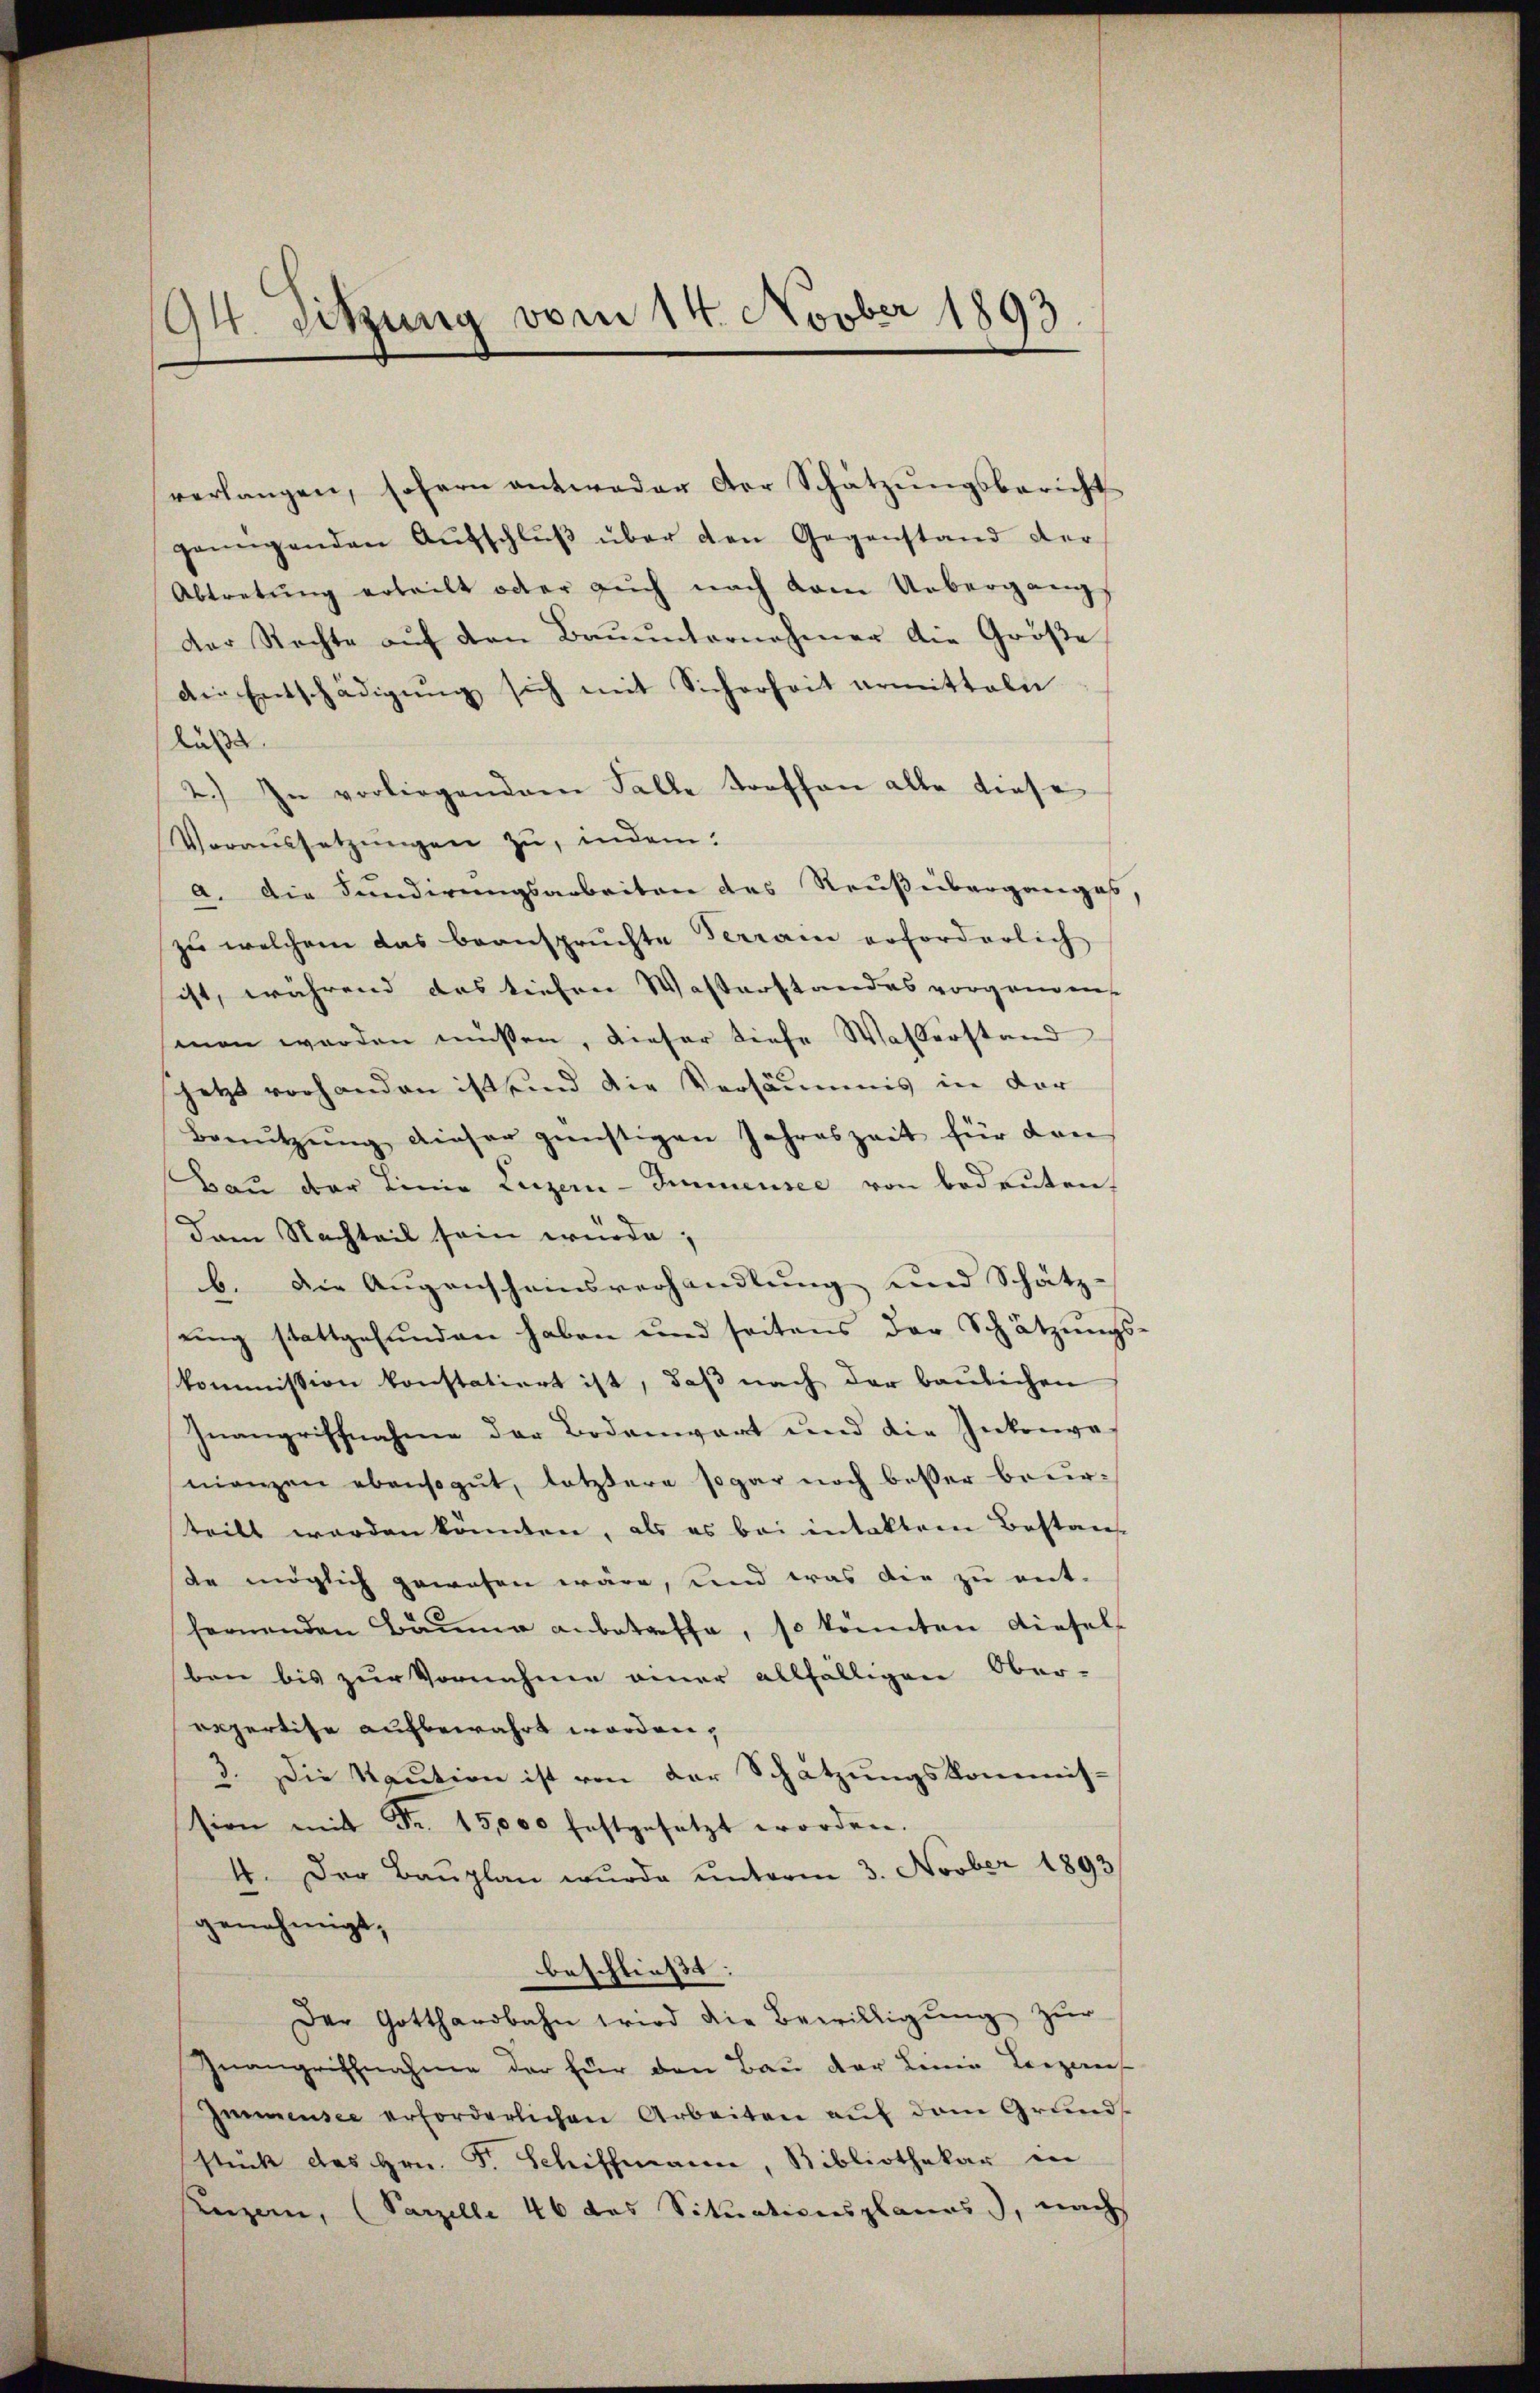
94. Sitzung vom 14. Novber 1893.

verlangen, sofern antweder der Schätzungsbericht
genügenden Aŭfschlŭβ über den Gegenstand der
Abtretŭng erteilt oder aŭch nach vom Uebergangs
der Rechte aŭf den Baŭŭnternehmer die Größe
Die Entschädigung sich mit Sicherheit armitteln
läßt.
2.) In vorliegendem Falle troffen alle diese
Voraussetzŭngen zu, indem:
a. Die Sundirungsarbeiten des Reußberganges,
zu welchem das beanspruchte Terrain erforderlich
ist, während das tiefen Wasterstandes vorgenden
men werden müssen, dieser tiefe Wahlerstand
schetzt vorhanden ist sind die Versäumnis in der
Benŭtzŭng dieser günstigen Jahreszeit für den
Bau der Linie Luzern - Immensee von bedeuten
dam Nachteil sein würde;
b. Die Augenscheinsverhandlung und Schätz-
uing stattgefunden haben und seitens der Schätzungs-
kommission konstatiert ist, daß nach der baulichen
Inangriffnahme der Bodenwart und die Inkonve
mienzen ebensogut, letztere sogar noch besser beurteilt werden könnten, als es bei intaktem Bestan
de möglich gewesen wäre, und was die zu ent-
fernenden Bäume anbetreffe, so könnten diesel
ben bis zur Vornahme einer allfälligen Ober-
erpertise aufbewahrt worden,
3. Die Kaution ist von der Schätzungskommis-
sion mit Fr. 15,000 festgesetzt worden.
4. Der Baŭplan wurde unterm 3. Novber 1893
genehmigt,
beschließt:
Der Gotthardbahn wird die Bewilligung zur
Inangriffnahme der für den Bau der Linie Leizeri
Immensee erforderlichen Arbeiten aŭf dem Grŭnd
stück des Hrn. F. Schiffmann, Bibliothekar in
Keizern, (Parzelle 46 das Situationsplanes), nach